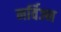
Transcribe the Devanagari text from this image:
नर्विज्न